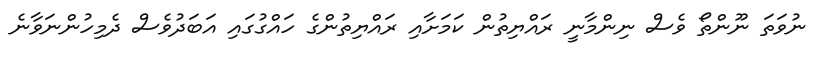
ނުވަތަ ނޫންތޯ ވެސް ނިންމާނީ ރައްޔިތުން ކަމަށާއި ރައްޔިތުންގެ ހައްގުގައި އަބަދުވެސް ދެމިހުންނަވާނެ